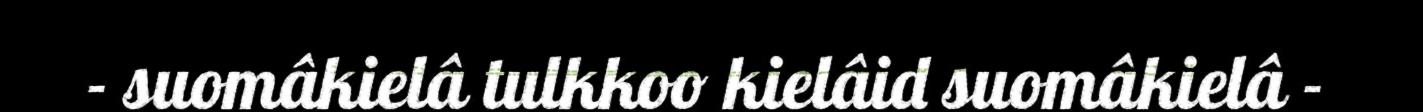
- suomâkielâ tulkkoo kielâid suomâkielâ -